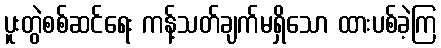
ပူးတွဲစစ်ဆင်ရေး ကန့်သတ်ချက်မရှိသော ထားပစ်ခဲ့ကြ